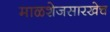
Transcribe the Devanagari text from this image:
माळशेजसारखेच